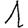
Digit: 1